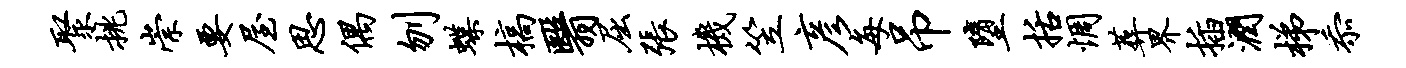
聚挑崇要屋思偶刎蝶槁翳屈张机笠彦每吊堕括惆葬界插润梯忝